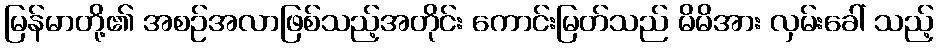
မြန်မာတို့၏ အစဉ်အလာဖြစ်သည့်အတိုင်း ကောင်းမြတ်သည် မိမိအား လှမ်းခေါ် သည့်